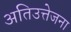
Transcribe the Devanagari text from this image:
अतिउत्तेजना